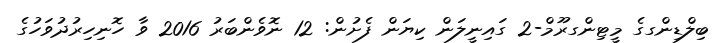
ބިލްޑިންގގެ މީޓިންގރޫމް-2 ގައިނީލަން ކިޔަން ފެށުން: 12 ނޮވެންބަރު 2016 ވާ ހޮނިހިރުދުވަހުގެ